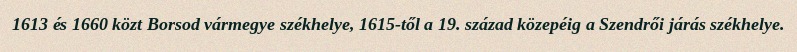
1613 és 1660 közt Borsod vármegye székhelye, 1615-től a 19. század közepéig a Szendrői járás székhelye.